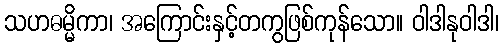
သဟဓမ္မိကာ၊ အကြောင်းနှင့်တကွဖြစ်ကုန်သော။ ဝါဒါနုဝါဒါ၊